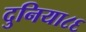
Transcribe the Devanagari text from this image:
दुनिया८६